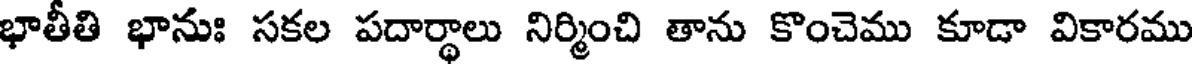
భాతీతి భానుః సకల పదార్థాలు నిర్మించి తాను కొంచెము కూడా వికారము